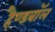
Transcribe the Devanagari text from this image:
हैण्डबॉल